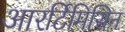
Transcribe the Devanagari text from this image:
आरर्टिमिसिन